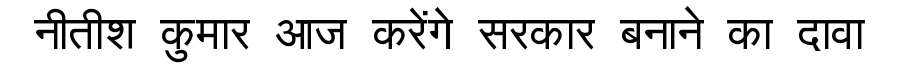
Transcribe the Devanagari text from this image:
नीतीश कुमार आज करेंगे सरकार बनाने का दावा